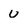
Character: U